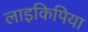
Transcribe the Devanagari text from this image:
लाइकिपिया